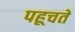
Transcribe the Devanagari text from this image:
पहूचते